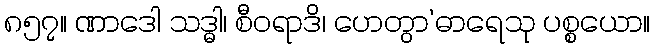
၈၅၇။ ဏာဒေါ သဒ္ဓါ၊ စီဝရာဒိ၊ ဟေတွာ’ဓာရေသု ပစ္စယော။